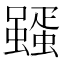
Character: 𮕊